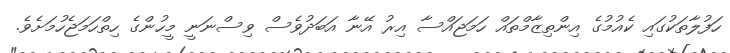
ހަފުލާތަކުގައި ކެއުމުގެ އިންތިޒާމްތައް ހަމަޖައްސާ އިރު އޭނާ އަބަދުވެސް ވިސްނަނީ މީހުންގެ ހިތްހަމަޖެހުމަށެވެ.